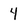
Character: 4